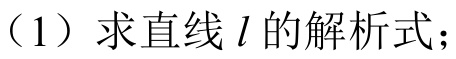
（1）求直线$l$的解析式；